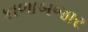
કાળાબજાર